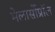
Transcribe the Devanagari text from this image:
मेलार्सोप्रॉल